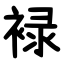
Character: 䘵